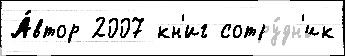
А́втор 2007 кн'иг сотру́дн'ик